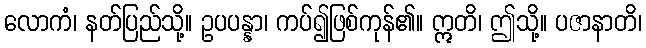
လောကံ၊ နတ်ပြည်သို့။ ဥပပန္နာ၊ ကပ်၍ဖြစ်ကုန်၏။ ဣတိ၊ ဤသို့။ ပဇာနာတိ၊